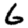
Digit: 6